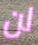
لن